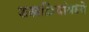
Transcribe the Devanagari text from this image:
शस्त्रक्रियांमध्ये